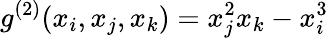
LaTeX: {g}^{(2)}(x_{i},x_{j},x_{k})=x_{j}^{2}x_{k}-x_{i}^{3}